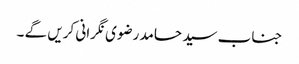
جناب سید حامد رضوی نگرانی کریں گے ۔